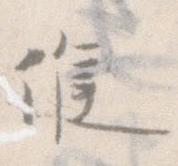
候